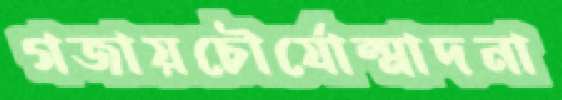
গজায়চৌর্যোন্মাদনা